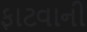
ફાટવાની